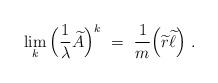
LaTeX: \begin{align*}\lim_k \Big(\frac 1{\lambda}\widetilde A\Big)^k \ =\ \frac 1m\Big(\widetilde r \widetilde{\ell}\Big) \ .\end{align*}